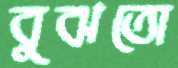
বুঝতো